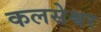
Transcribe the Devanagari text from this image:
कलसेश्वर